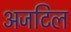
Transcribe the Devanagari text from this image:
अजटिल